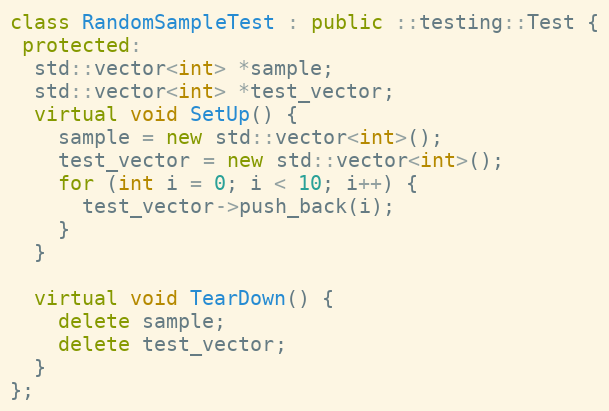
Language: C++
class RandomSampleTest : public ::testing::Test {
 protected:
  std::vector<int> *sample;
  std::vector<int> *test_vector;
  virtual void SetUp() {
    sample = new std::vector<int>();
    test_vector = new std::vector<int>();
    for (int i = 0; i < 10; i++) {
      test_vector->push_back(i);
    }
  }

  virtual void TearDown() {
    delete sample;
    delete test_vector;
  }
};